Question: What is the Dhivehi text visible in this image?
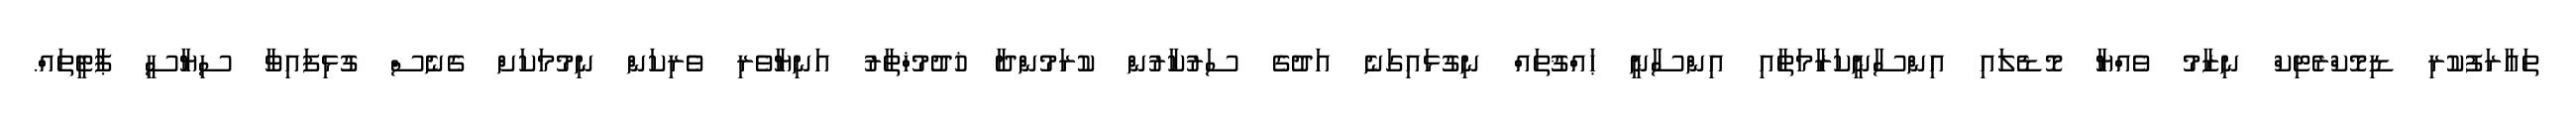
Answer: ތަޢާރަފުކުރި ޑިމޮކްރެޓިކް ނިޒާމު ވެއްޔާ މޮޑެލައި އިންސާނީކަރާމަތާއި އިންސާނީ ޙައްޤުތައް ނިގުޅައިގަނެ އަދުގެ ސަރުކާރުން ކުރަމުންދާ ޚުދުމުޚްތާރު އަނިޔާވެރި ވެރިކަން ނިމުމަކަށް ގެނެސް ގުޅިފައިވާ ސިޔާސީ ޕާޓީތައް.